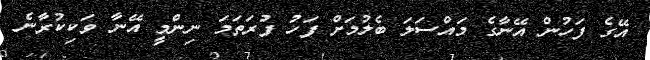
އޭގެ ފަހުން އޭނާގެ މައްސަލަ ބެލުމަށް ފަހު ފުރަތަމަ ނިންމީ އޭނާ ވަކިކުރާނެ